Annual vaccination report of Bihar and Orissa - 1911-1928
Year: 1911
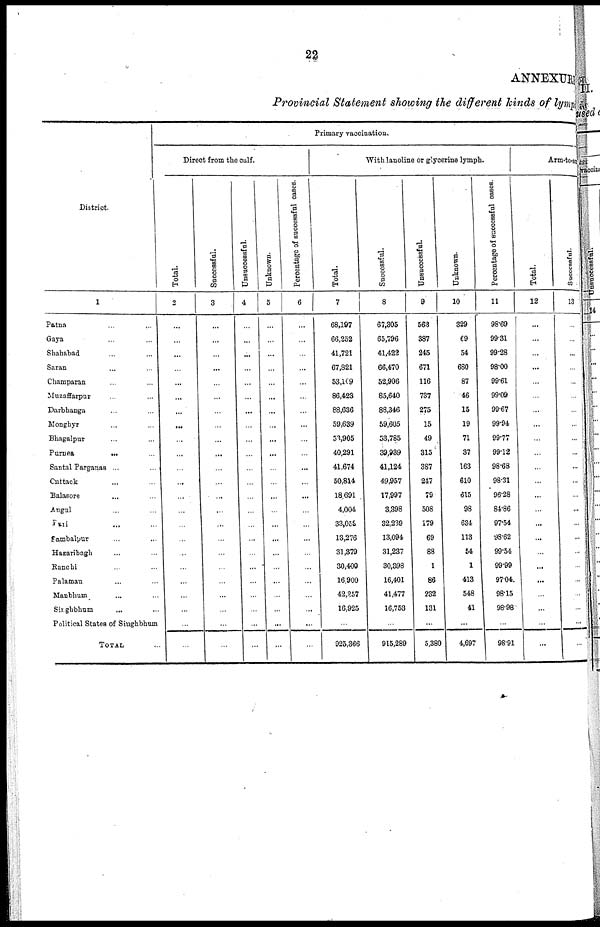
22
ANNEXURE
Provincial Statement showing the different kinds of lymph
District.
1
Patna ... ...
Gaya ... ...
Shababad ... ...
Saran ... ...
Champaran ... ...
Muzaffarpur ... ...
Darbhanga ... ...
Monghyr ... ...
Bhagalpur ... ...
Purnea
...
...
Santal Parganas ... ...
Cuttack ... ...
Balasore ... ...
Angul ... ...
Puri ... ...
Sambalpur ... ...
Hazaribagh ... ...
Ranchi ... ...
Palamau ... ...
Manbhum ... ...
Singhbhum ... ...
Political States of Singhbhum
TOTAL ...
Primary vaccination.
Direct from the calf.
Total.
2
...
...
...
...
...
...
...
...
...
...
...
...
...
...
...
...
...
...
...
...
...
...
...
Successful.
3
...
...
...
...
...
...
...
...
...
...
...
...
...
...
...
...
...
...
...
...
...
...
...
Unsuccessful.
4
...
...
...
...
...
...
...
...
...
...
...
...
...
...
...
...
...
...
...
...
...
...
...
Unknown.
5
...
...
...
...
...
...
...
...
...
...
...
...
...
...
...
...
...
...
...
...
...
...
...
Percentage of successful cases.
6
...
...
...
...
...
...
...
...
...
...
...
...
...
...
...
...
...
...
...
...
...
...
...
With lanoline or glycerine lymph.
Total.
7
68,197
66,252
41,721
67,821
53,109
86,423
88,636
59,639
53,905
40,291
41,674
50,814
18,691
4,004
33,052
13,276
31,379
30,400
16,900
42,257
16,925
...
925,366
Successful.
8
67,305
65,796
41,422
66,470
52,906
85,640
88,346
59,605
53,785
39,939
41,124
49,957
17,997
3,398
32,239
13,094
31,237
30,398
16,401
41,477
16,753
...
915,289
Unsuccessful.
9
563
387
245
671
116
737
275
15
49
315
387
247
79
508
179
69
88
1
86
232
131
...
5,380
Unknown.
10
329
69
54
680
87
46
15
19
71
37
163
610
615
98
634
113
54
1
413
548
41
...
4,697
Percentage of successful cases.
11
98.69
99.31
99.28
98.00
99.61
99.09
99.67
99.94
99.77
99.12
98.68
98.31
96.28
84.86
97.54
98.62
99.54
99.99
97.04.
98.15
98.98
...
98.91
Arm-to-an
Total.
12
...
...
...
...
...
...
...
...
...
...
...
...
...
...
...
...
...
...
...
...
...
...
...
Successful.
13
...
...
...
...
...
...
...
...
...
...
...
...
...
...
...
...
...
...
...
...
...
...
...